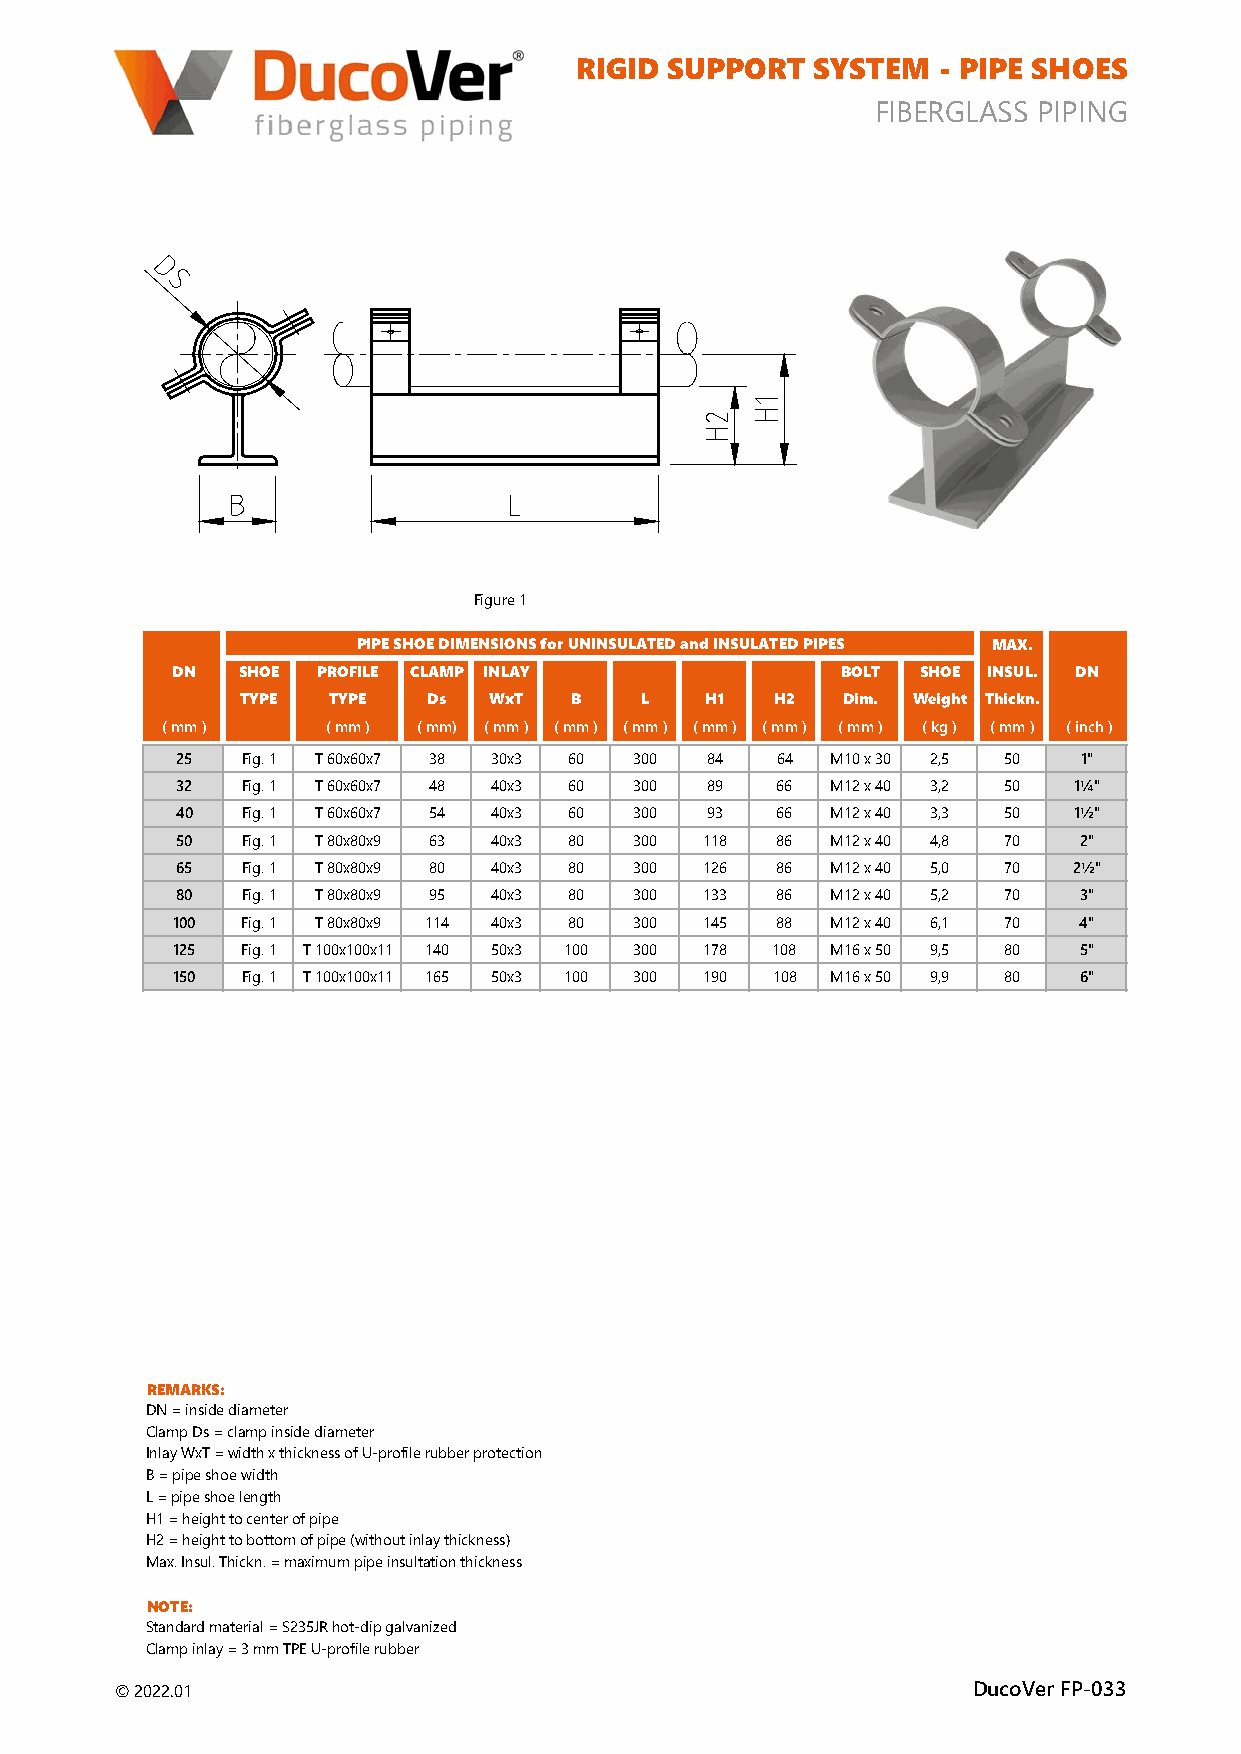
RIGID SUPPORT   SYSTEM  - PIPE SHOES
 FIBERGLASS PIPING
 Figure 1
 PIPE SHOE DIMENSIONS for UNINSULATED and INSULATED PIPES MAX.
 DN  SHOE  PROFILE CLAMP INLAY               BOLT SHOE INSUL. DN
 TYPE TYPE   Ds  WxT  B    L   H1   H2  Dim. Weight Thickn.
 ( mm )     ( mm ) ( mm) ( mm ) ( mm ) ( mm ) ( mm ) ( mm ) ( mm ) ( kg ) ( mm ) ( inch )
 25   Fig. 1 T 60x60x7 38 30x3 60 300 84 64  M10 x 30 2,5 50 1"
 32   Fig. 1 T 60x60x7 48 40x3 60 300 89 66  M12 x 40 3,2 50 1¼"
 40   Fig. 1 T 60x60x7 54 40x3 60 300 93 66  M12 x 40 3,3 50 1½"
 50   Fig. 1 T 80x80x9 63 40x3 80 300 118 86 M12 x 40 4,8 70 2"
 65   Fig. 1 T 80x80x9 80 40x3 80 300 126 86 M12 x 40 5,0 70 2½"
 80   Fig. 1 T 80x80x9 95 40x3 80 300 133 86 M12 x 40 5,2 70 3"
 100  Fig. 1 T 80x80x9 114 40x3 80 300 145 88 M12 x 40 6,1 70 4"
 125  Fig. 1 T 100x100x11 140 50x3 100 300 178 108 M16 x 50 9,5 80 5"
 150  Fig. 1 T 100x100x11 165 50x3 100 300 190 108 M16 x 50 9,9 80 6"
 REMARKS:
 DN = inside diameter
 Clamp Ds = clamp inside diameter
 Inlay WxT = width x thickness of U-profile rubber protection
 B = pipe shoe width
 L = pipe shoe length
 H1 = height to center of pipe
 H2 = height to bottom of pipe (without inlay thickness)
 Max. Insul. Thickn. = maximum pipe insultation thickness
 NOTE:
 Standard material = S235JR hot-dip galvanized
 Clamp inlay = 3 mm TPE U-profile rubber
 © 2022.01                                                DucoVer FP-033